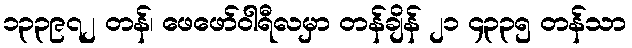
၁၃၃၉၇၂ တန်၊ ဖေဖော်ဝါရီလမှာ တန်ချိန် ၂၁ ၄၃၃၅ တန်သာ